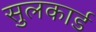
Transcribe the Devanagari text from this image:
सुलकार्ड